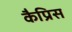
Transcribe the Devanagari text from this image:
कैप्रिस